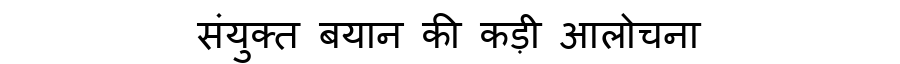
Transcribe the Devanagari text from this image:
संयुक्त बयान की कड़ी आलोचना